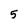
Character: 5